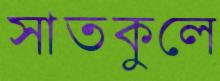
সাতকুলে